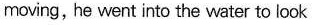
moving, he went into the water to look